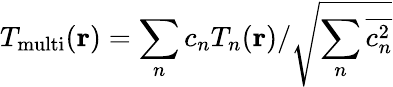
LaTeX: {{T}_{\mathrm{multi}}}({\mathbf{r}})={\sum_{n}{{{c}_{n}}{{T}_{n}}(\mathbf{r})}}/{\sqrt{\sum_{n}{\overline{{c_{n}^{2}}}}}}